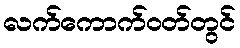
လက်ကောက်ဝတ်တွင်